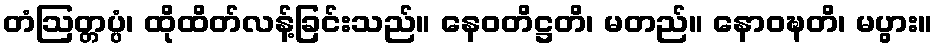
တံဩတ္တပ္ပံ၊ ထိုထိတ်လန့်ခြင်းသည်။ နေဝတိဋ္ဌတိ၊ မတည်။ နောဝဍ္ဎတိ၊ မပွား။